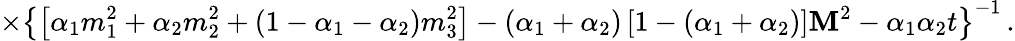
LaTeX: \times\left\{ \left[\alpha_{1}m_{1}^{2}+\alpha_{2}m_{2}^{2}+(1-\alpha_{1}-\alpha_{2})m_{3}^{2}\right]-(\alpha_{1}+\alpha_{2})\left[1-(\alpha_{1}+\alpha_{2})\right]\mathbf{M}^{2}-\alpha_{1}\alpha_{2}t\right\} ^{-1}\, .